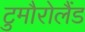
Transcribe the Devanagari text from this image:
टुमौरोलैंड